Report of the King Institute of Preventive Medicine, Guindy
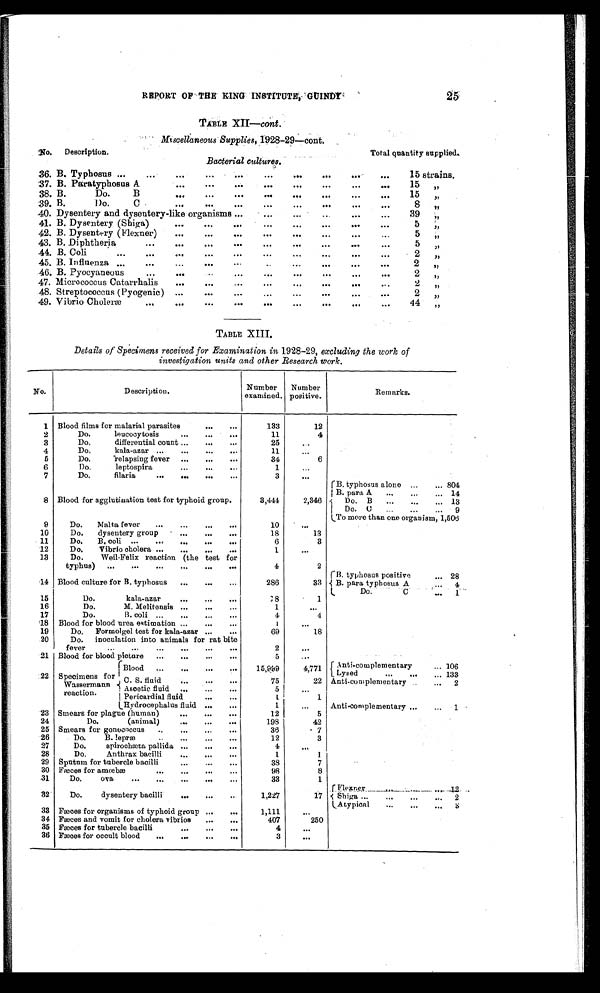
REPORT OF THE KING INSTITUTE,
TABLE XII—cont.
Miscellaneous Supplies, 1928-29—cont.
No. Description.
Bacterial cultures.
Total quantity supplied.
36.
37.
B. Typhosus ...
B. Paratyphosus A.
...
...
...
...
...
...
...
..
...
...
...
...
...
...
...
15 strains.
...
15
,,
38. B.
Do.
B
........
...
...
...
. .
... 15 ,,
39. B.
Do . C
...
...
...
...
...
...
. .
.. 8 ,
40. Dysentery and dysentery-like organisms ...
...
...
. . .
. . . 39 ..
41. B. Dysentery (Shiga)
...
...
...
...
...
...
...
5
,
42. B. Dysentery (Flexner)
...
...
...
...
... . . . . .
...
5
,,
43. B. Diphtheria
...
...
...
...
...
...
...
. . .
...
5
„
41. B. Coli..
...
...
...
...
...
...
...
. . .
...
2
„
45. B. Influenza ...
...
...
...
...
..
...
. . .
... 2
46. B. Pyocyaneous
...
...
. .
. . .
. . .
. . .
. . .
. . .
... 2 ,,
47. Micrococcus Catarrhalis
...
...
...
...
...
...
. . .
.. . 2 ,,
48. Streptococcus (Pyogenic) ...
....
...
. . .
. . . . . .
. . .
... 2 ,
49. Vibrio Choleræ
...
...
...
...
...
...
...
. . .
...
44
,,
TABLE XIII.
Details of Specimens received for Examination in 1928-29, excluding the work of
investigation units and other Research work.
No.
Description.
Number
examined.
Number
positive.
Remarks.
1 Blood films for malarial parasites
133
12
2
Do.
leucocytosis
11
4
3
Do.
differential count ...
...
...
25
. . .
4
Do.
kala-azar ...
...
...
...
11
...
5
Do,
relapsing fever ...
...
...
34
6
6
Do.
leptospira
. .
1
. . .
7
Do.
filaria
3
. . .
8 Blood for agglutination test for typhoid group.
3,444
2,346
B.typhosus alone ...
... 804
B. para A
...
...
... 14
.
Do. B ...
...
... 13
Do. U
...
...
,.. 9
To more than one organism, 1,506
9
Do.
Malta fever
...
...
...
...
10
. . .
10
Do.
dysentery group
...
...
...
18
13
. 11
Do.
B. coli...
...
...
...
...
6
3
12
Do.
Vibrio cholera ...
...
...
...
1
...
13
Do.
Weil-Felix reaction (the test for
typhus) ...
...
...
...
...
...
4
2
14 Blood culture for B. typhosus
...
...
...
286
33
B. typhosus positive
... 28
4 B. para typhosua A1
Do.
C
-. 1
15
Do.
kala-azar
...
...
. . .
18
1
16
Do.
M. Melitensis ...
...
...
1
. . .
17
Do.
B. coli.
...
.....
4
4
18 Blood for blood urea estimation ...
...
...
1
. . .
19
Do. Formolgel test for kala-azar ...
...
69
18
20
Do. inoculation into animals for rat bite
fever
2
...
21 Blood for blood picture ...
...
. . .
. . .
5
. . .
.22 Specimens for
Wassermann
reaction.
Blood ...
...
...
...
15,999
4,771
Anti-complementary
Lysed
... 106
...
... 133
C . fluid
. . .
22 Anti-complementary ..
... 2
....
Ascetic fluid ...
...
5
*.'
Pericardial fluid
...
...
I.
1
Hclrocephalus fluid ...
...
"'
Anti-complementary ...
... 1
23 Smears for plague (human)
12
5
24
Do.
(animal)
198
42
25 Smears for gonococcus ..
...
...
-.
36
. 7
26
Do.
B. leprea
.,
...
...
. . .
12
3
27
Do.
spirochmta pallida ...
...
...
4
-.
28
Do.
Anthrax bacilli
...
...
Oe.
1
1
29 Sputum for tubercle bacilli
...
...
...
38
7
30 li'ces for amcebm
...
...
...
...
98
8
31
Do.
33
1
32
Do.
dysentery bacilli
...
...
..
1,227
.
17
. r Plexner
......_.....-....-----. ...- ----12.
. 4 Shiga -.
.-
-.
-. 2
(Atypical
...
...
... 3
33 Faeces for organisms of typhoid group ...
..,111
Faeces.
1
...
34 Peaces and vomit for cholera vibrios
...
...
407
250
35 Faeces for tubercle bacilli
4
.-
36 Peaces for occult blood
...
...
...
...
3
4, 4041